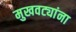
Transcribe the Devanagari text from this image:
मुखवट्यांना